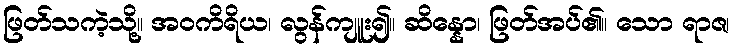
ဖြတ်သကဲ့သို့။ အဝကိရိယ၊ လွန်ကျူး၍။ ဆိန္နော၊ ဖြတ်အပ်၏။ သော ရာဇ၊